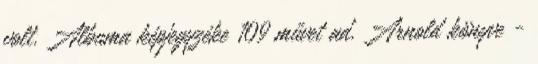
volt. Albuma képjegyzéke 109 művet ad. Arnold könyve -